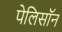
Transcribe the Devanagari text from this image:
पेलिसॉन